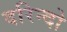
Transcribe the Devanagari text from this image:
दरिन्‍दो